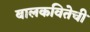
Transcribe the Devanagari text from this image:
बालकवितेची